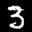
Label: 3